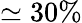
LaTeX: \simeq 30\%